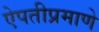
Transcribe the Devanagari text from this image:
ऐपतीप्रमाणे